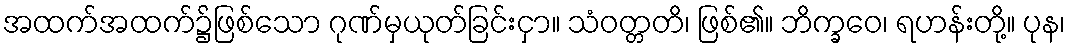
အထက်အထက်၌ဖြစ်သော ဂုဏ်မှယုတ်ခြင်းငှာ။ သံဝတ္တတိ၊ ဖြစ်၏။ ဘိက္ခဝေ၊ ရဟန်းတို့။ ပုန၊